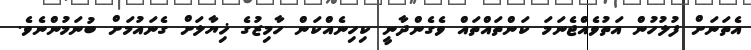
އެތަނަށް ފުލުހުން އަތުވެއްޖެނަމަ ކަންތައްތައް ވެގެންދާނީ ކިހިނެއްކަން ހާމިޒުގެ ޚިޔާލަށް ގެނައުމަށް ބުނަމުންނެވެ.